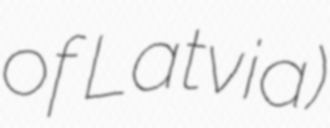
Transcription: of Latvia)